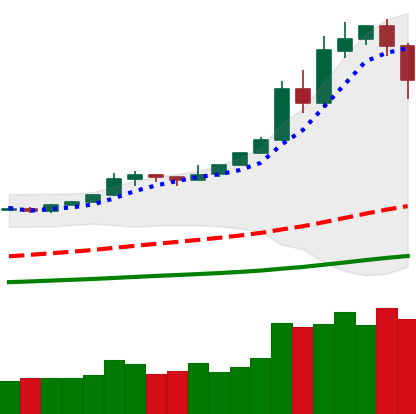
Ticker: BTC-USD
Chart end date: 2019-05-17
Forward return: 4.578%
Label: up_3_5